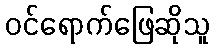
ဝင်ရောက်ဖြေဆိုသူ